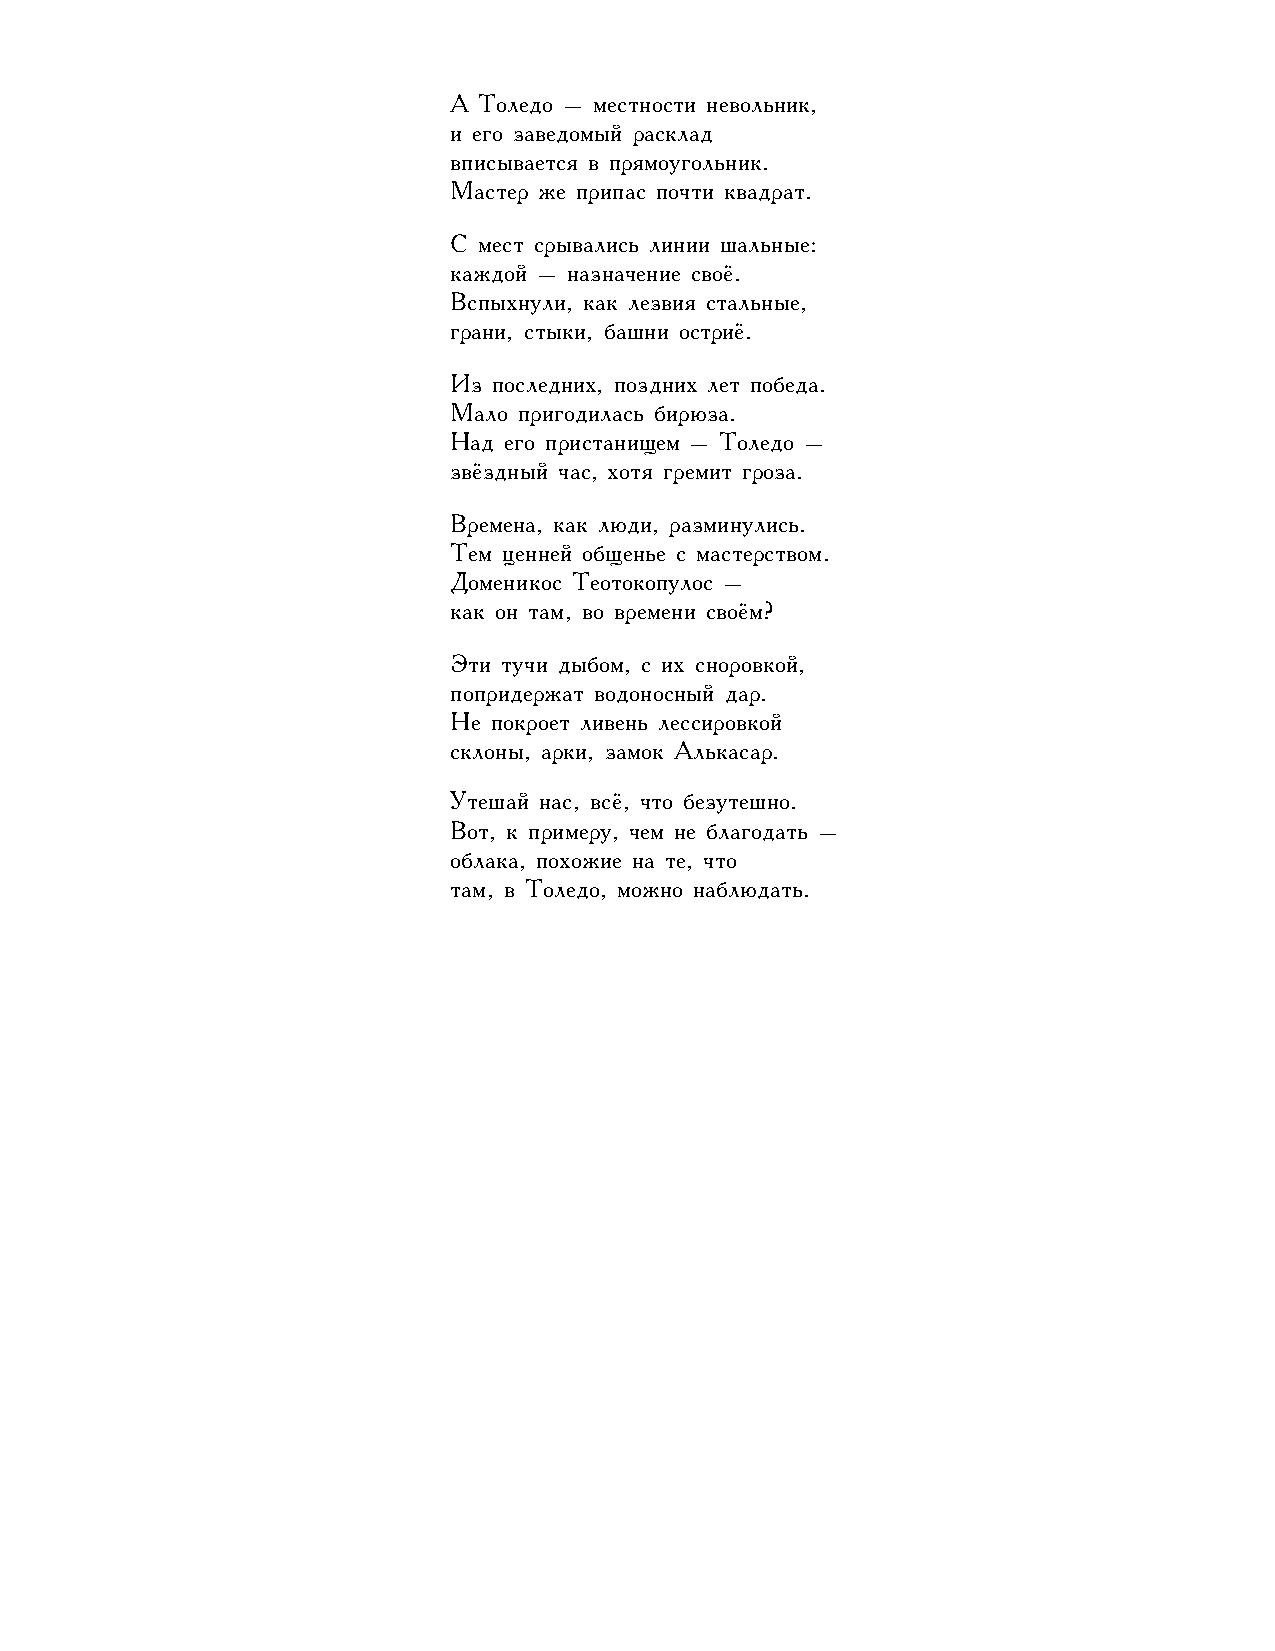
А Толедо – местности невольник,
 и его заведомый расклад
 вписывается в прямоугольник.
 Мастер же припас почти квадрат.
 С мест срывались линии шальные:
 каждой – назначение своё.
 Вспыхнули, как лезвия стальные,
 грани, стыки, башни остриё.
 Из последних, поздних лет победа.
 Мало пригодилась бирюза.
 Над его пристанищем – Толедо –
 звёздный час, хотя гремит гроза.
 Времена, как люди, разминулись.
 Тем ценней общенье с мастерством.
 Доменикос Теотокопулос –
 как он там, во времени своём?
 Эти тучи дыбом, с их сноровкой,
 попридержат водоносный дар.
 Не покроет ливень лессировкой
 склоны, арки, замок Алькасар.
 Утешай нас, всё, что безутешно.
 Вот, к примеру, чем не благодать –
 облака, похожие на те, что
 там, в Толедо, можно наблюдать.
 34